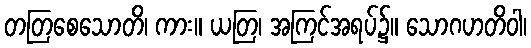
တတြစေသောတိ၊ ကား။ ယတြ၊ အကြင်အရပ်၌။ သောဂဟတိဝါ၊